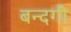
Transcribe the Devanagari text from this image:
बन्दगी